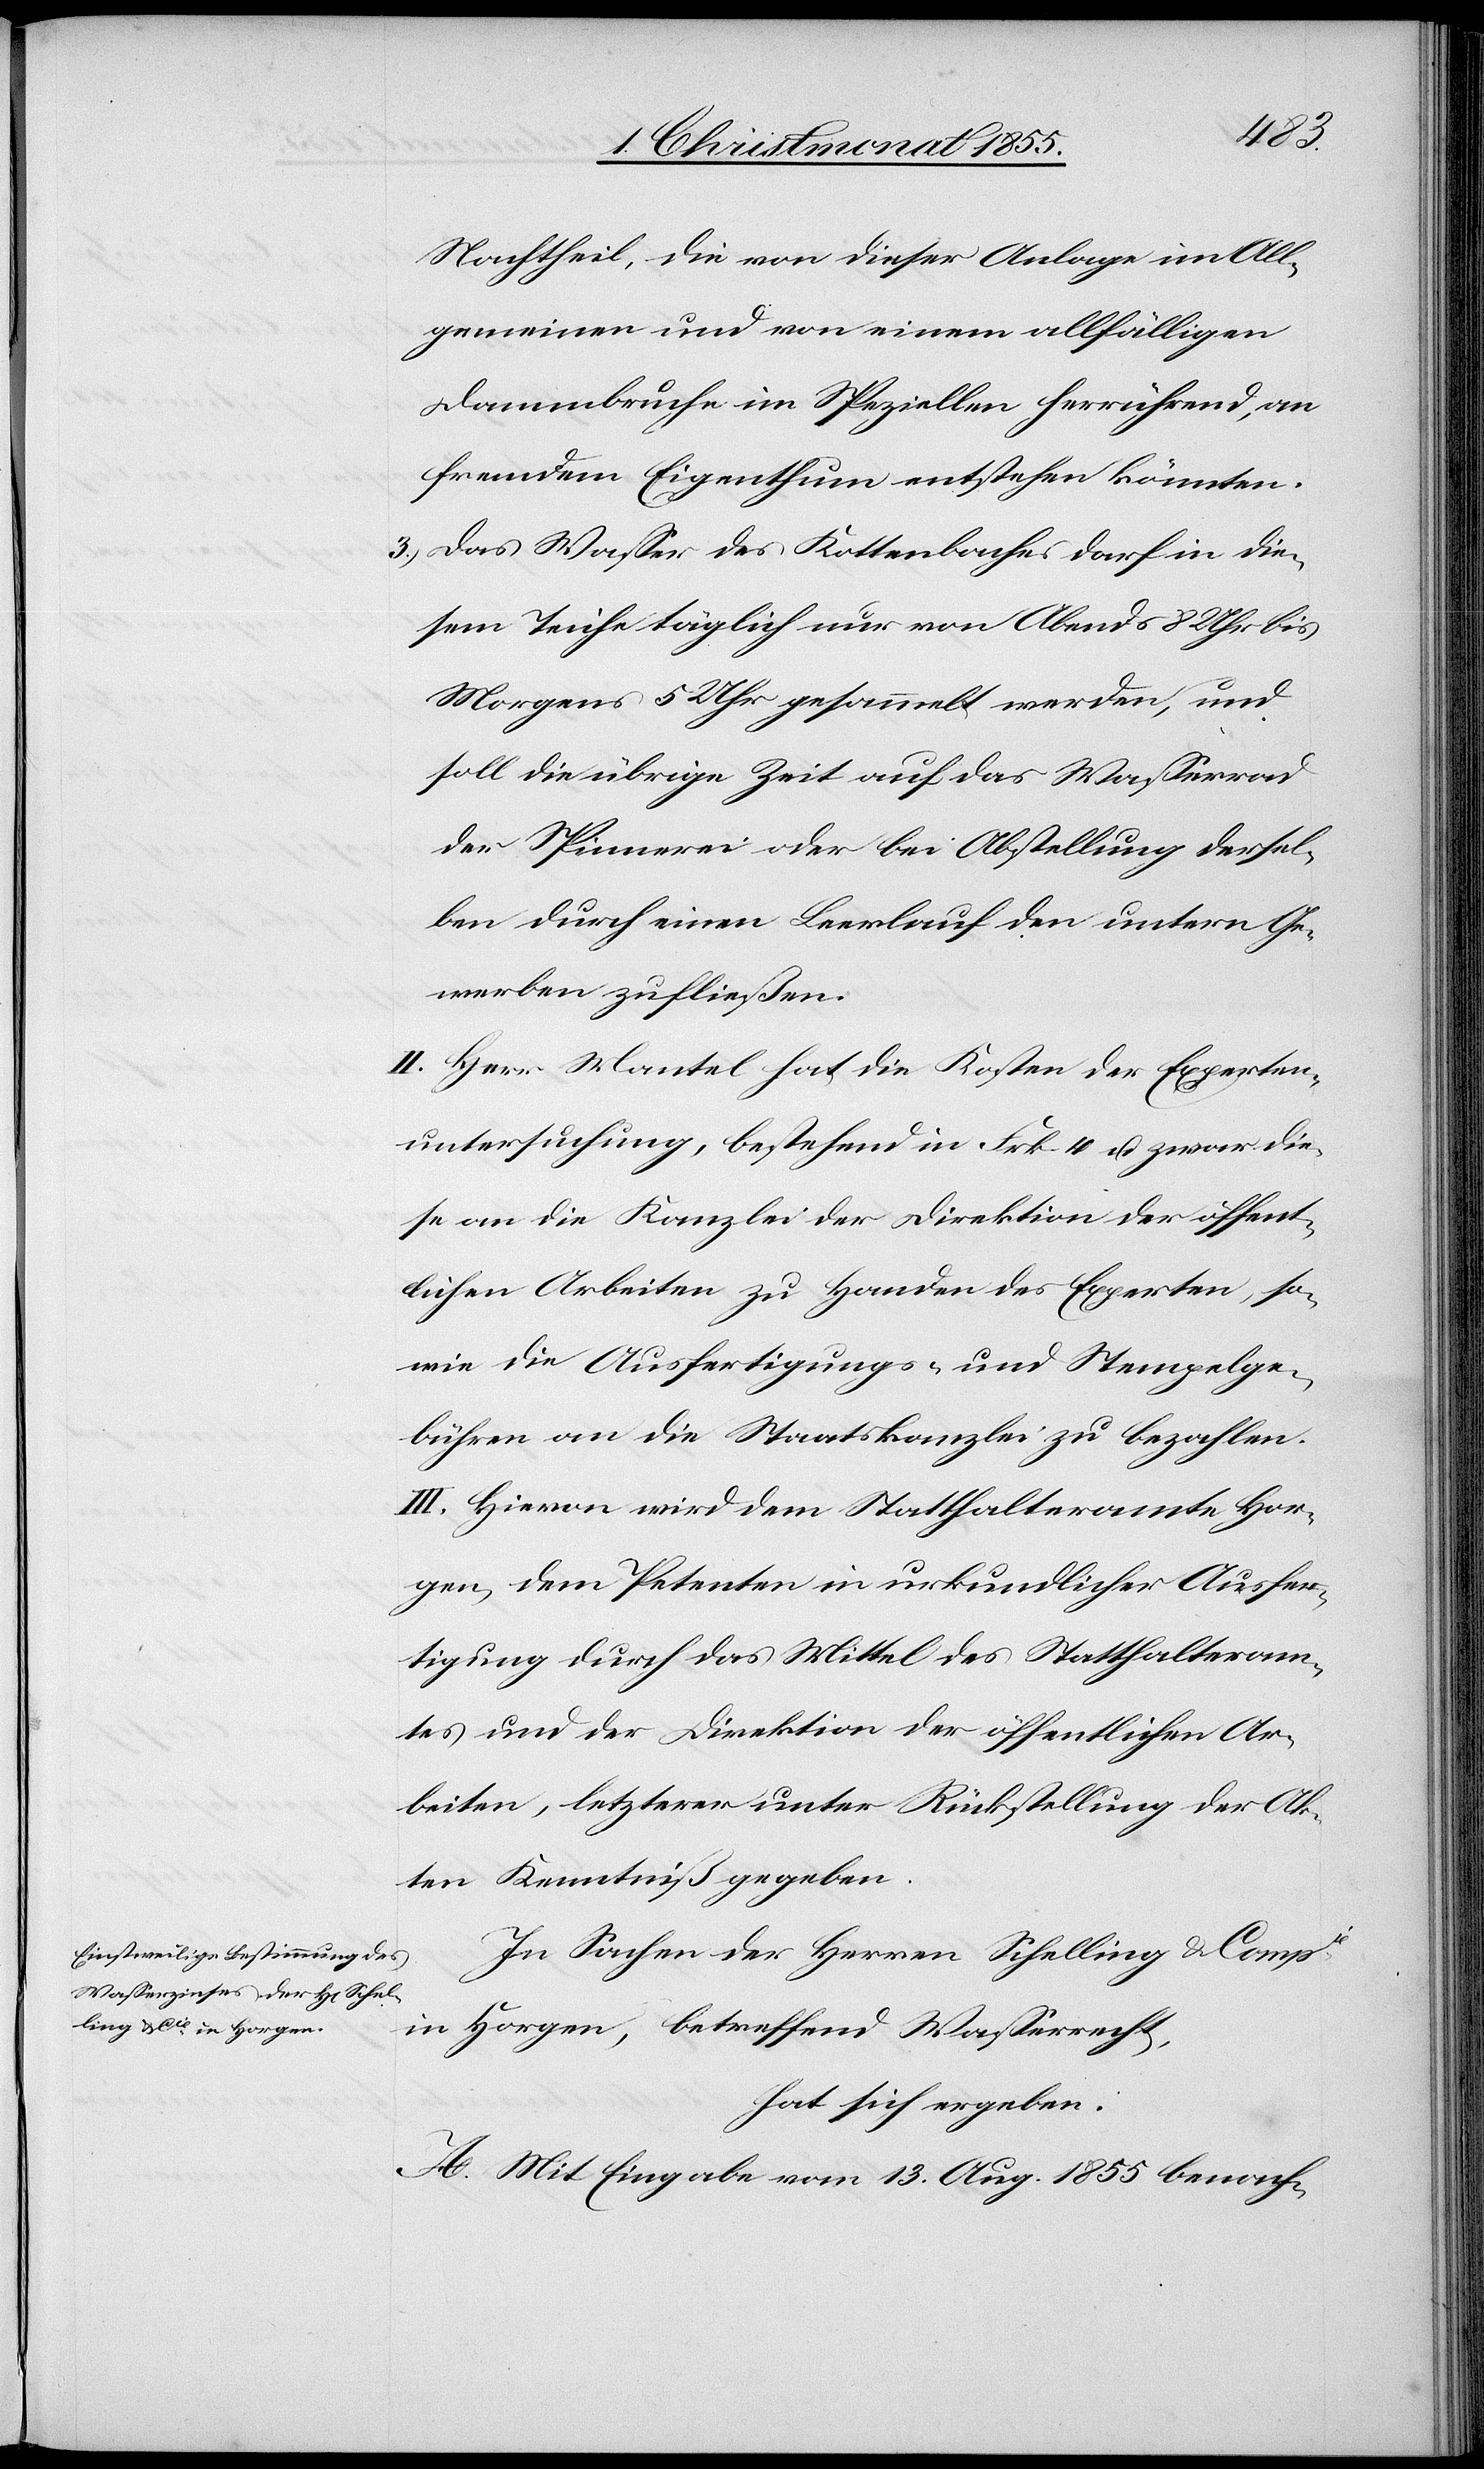
Nachtheil, die von dieser Anlage im All¬
gemeinen und von einem allfälligen
Dammbruche im Speziellen herrührend, an
fremdem Eigenthum entstehen könnten.
Das Wasser des Kottenbaches darf in die¬
sem Teiche täglich nur von Abends 8 Uhr bis
Morgens 5 Uhr gesammelt werden, und
soll die übrige Zeit auf das Wasserrad
der Spinnerei oder bei Abstellung dersel¬
ben durch einen Leerlauf den untern Ge¬
werben zufließen.
II. Herr Mantel hat die Kosten der Experten¬
untersuchung, bestehend in Frk 4 u. zwar die¬
se an die Kanzlei der Direktion der öffent¬
lichen Arbeiten zu Handen des Experten, so¬
wie die Ausfertigungs- und Stempelge¬
bühren an die Staatskanzlei zu bezahlen.
III. Hievon wird dem Statthalteramte Hor¬
gen, dem Petenten in urkundlicher Ausfer¬
tigung durch das Mittel des Statthalteram¬
tes und der Direktion der öffentlichen Ar¬
beiten, letzterer unter Rückstellung der Ak¬
ten Kenntniß gegeben.
In Sachen der Herren Schelling & Compie
in Horgen, betreffend Wasserrecht,
hat sich ergeben:
A. Mit Eingabe vom 13. Aug. 1855 benach-